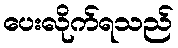
ပေးလိုက်ရသည်